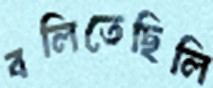
বলিতেছিলি